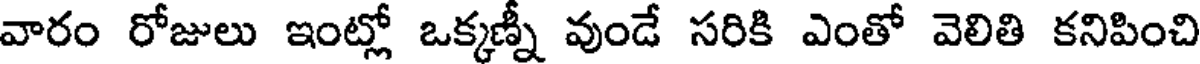
వారం రోజులు ఇంట్లో ఒక్కణ్నీ వుండే సరికి ఎంతో వెలితి కనిపించి